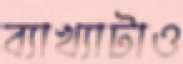
ব্যাখ্যাটাও